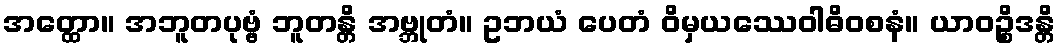
အတ္ထော။ အဘူတပုဗ္ဗံ ဘူတန္တိ အဗ္ဘုတံ။ ဥဘယံ ပေတံ ဝိမှယဿေဝါဓိဝစနံ။ ယာဝဉ္စိဒန္တိ